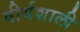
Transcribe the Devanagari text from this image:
वीर्यशाली